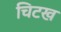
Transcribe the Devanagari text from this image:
चिटख